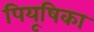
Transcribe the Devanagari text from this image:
पियूषिका